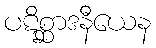
ပဋိစ္ဆာဒနီယေန